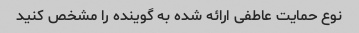
نوع حمایت عاطفی ارائه شده به گوینده را مشخص کنید